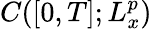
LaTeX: C([0,T];L_{x}^{p})